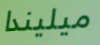
ميليندا